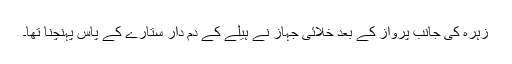
زہرہ کی جانب پرواز کے بعد خلائی جہاز نے ہیلے کے دم دار ستارے کے پاس پہنچنا تھا۔